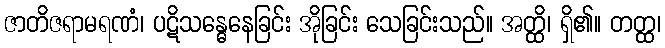
ဇာတိဇရာမရဏံ၊ ပဋိသန္ဓေနေခြင်း အိုခြင်း သေခြင်းသည်။ အတ္ထိ၊ ရှိ၏။ တတ္ထ၊